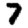
Digit: 7